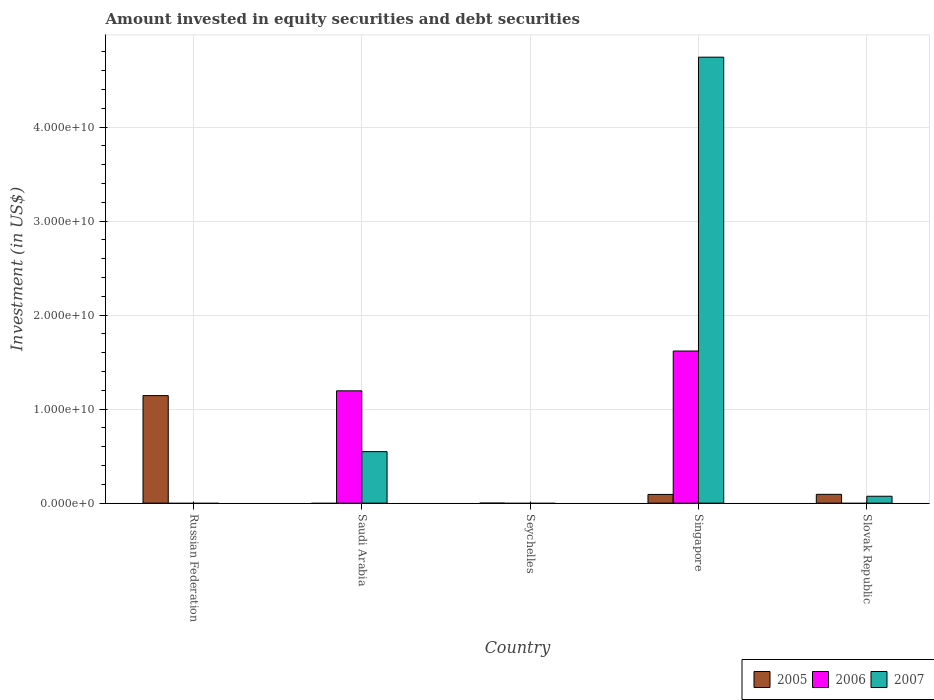
| Country | 2005 | 2006 | 2007 |
 | --- | --- | --- | --- |
 | Russian Federation | 1.14e+10 | -1.65e+10 | -4.86e+09 |
 | Saudi Arabia | -3.5e+08 | 1.19e+10 | 5.48e+09 |
 | Seychelles | -1.01e+06 | -1.98e+08 | -1.18e+08 |
 | Singapore | 9.27e+08 | 1.62e+10 | 4.74e+10 |
 | Slovak Republic | 9.37e+08 | -1.56e+09 | 7.34e+08 |